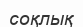
соқлық